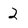
Character: 2